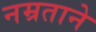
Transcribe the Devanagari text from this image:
नम्रताने